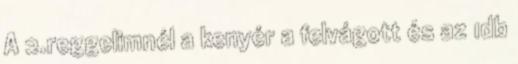
A 2.reggelimnél a kenyér a felvágott és az 1db